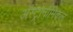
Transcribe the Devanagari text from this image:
अॅस्ट्रोनॉमिकल